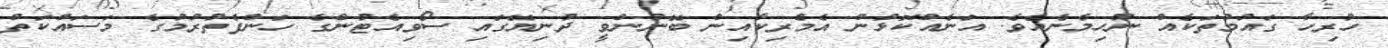
ހުރިހާ ގައުމުތަކެއް ނުހިމެނެއެވެ. އަނެއްކޮޅުން އެމެރިކާއިން ބޭނުންވީ ދުނިޔޭގައި ސޯވިއެޓުންގެ ހަންފެތުރުމުގެ މަސައްކަތް